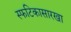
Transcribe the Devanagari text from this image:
स्फटिकासारखा